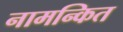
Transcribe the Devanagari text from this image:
नामन्कित